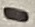
Text: -